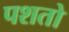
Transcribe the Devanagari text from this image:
पशतो